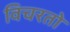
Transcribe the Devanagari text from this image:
विचरतो